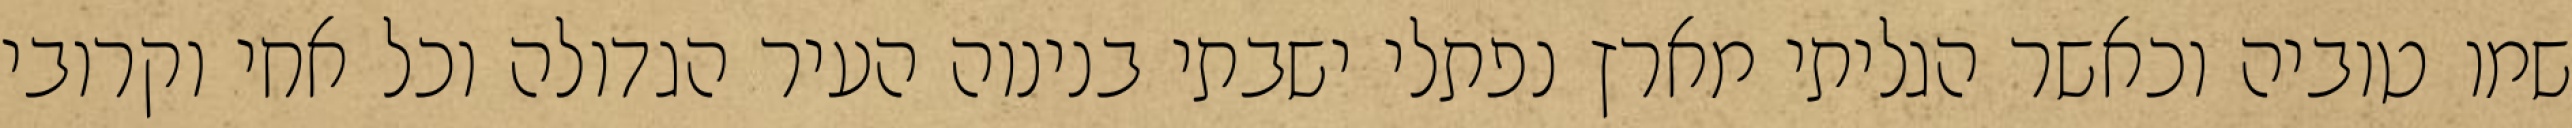
שמו טוביה וכאשר הגליתי מארץ נפתלי ישבתי בנינוה העיר הגדולה וכל אחי וקרובי